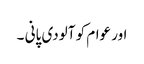
اور عوام کو آلودی پانی ۔